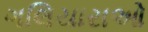
ગલિયારાઓ